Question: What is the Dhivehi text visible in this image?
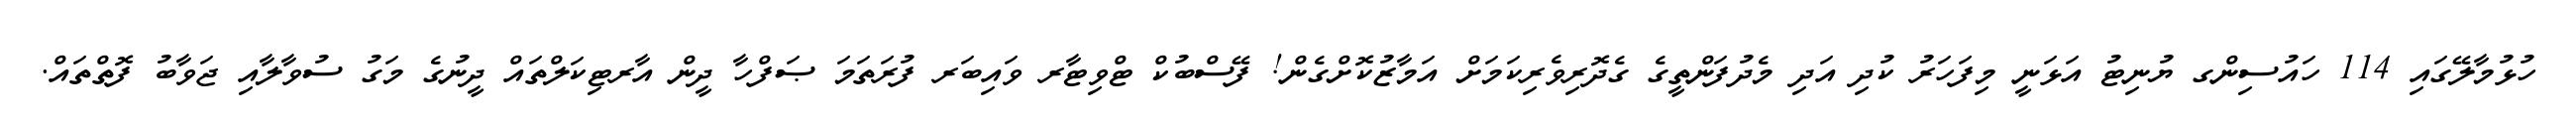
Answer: ހުޅުމާލޭގައި 114 ހައުސިންގ ޔުނިޓު އަޅަނީ މިފަހަރު ކުދި އަދި މެދުފަންތީގެ ގެދޮރިވެރިކަމަށް އަމާޒުކޮށްގެން! ފޭސްބުކް ޓްވިޓާރ ވައިބަރ ފުރަތަމަ ޞަފްހާ ދީން އާރޓިކަލްތައް ދީނުގެ މަގު ސުވާލާއި ޖަވާބު ފޮތްތައް.